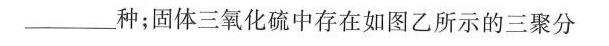
___种；固体三氧化硫中存在如图乙所示的三聚分